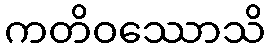
ကတိဝဿောသိ